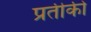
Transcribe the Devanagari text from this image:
प्रतीकी